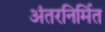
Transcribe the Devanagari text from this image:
अंतरनिर्मित